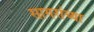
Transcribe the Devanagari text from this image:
सागरांच्या